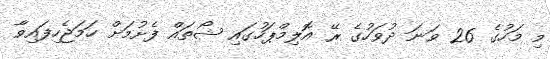
މި މަހުގެ 26 ވަނަ ދުވަހުގެ ރޭ އޮލިމްޕަހުގައި ޝޯތައް ފެށުމަށް ހަމަޖެހިފައިވާ